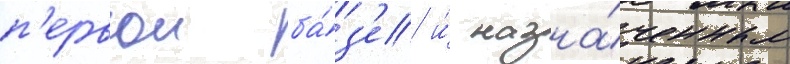
п'ервои ба́з'е и́ назна́ченным